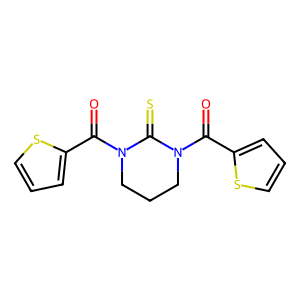
SMILES: O=C(c1cccs1)N1CCCN(C(=O)c2cccs2)C1=S
Inhibits HIV replication: No